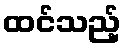
ထင်သည့်